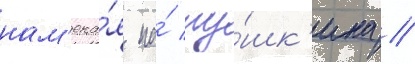
нам'ека́я на́ пу́шк'ина //